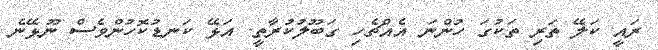
ރައީ ކަލޭ ތަރި ތަކުގަ ހުންނަ އެއްޗެހި ގަބޫލުކުރާތީ. އަޅޭ ކަނޑުކޮހުންވެސް ނޫޅޭނެ